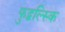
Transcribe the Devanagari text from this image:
फुद्बल्स्कि